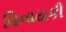
વિનાયકી